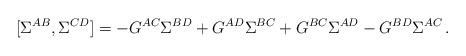
LaTeX: \begin{align*}[\Sigma^{AB},\Sigma^{CD}]=-G^{AC}\Sigma^{BD}+G^{AD}\Sigma^{BC}+G^{BC}\Sigma^{AD}-G^{BD}\Sigma^{AC}\,.\end{align*}